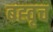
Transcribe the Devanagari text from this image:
बह्वृच